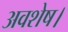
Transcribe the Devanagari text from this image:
अवशेष।